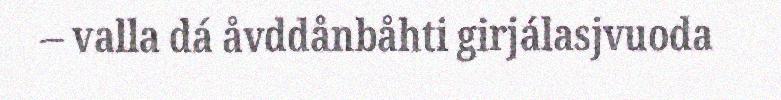
– valla dá åvddånbåhti girjálasjvuoda